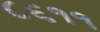
૮૬૧૧